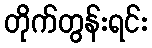
တိုက်တွန်းရင်း